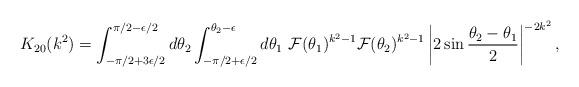
LaTeX: \begin{align*}K_{20}(k^2) = \int_{-\pi/2+3\epsilon/2}^{\pi/2-\epsilon/2} d \theta_2 \int_{-\pi/2+\epsilon/2}^{\theta_2-\epsilon} d \theta_1~ {\cal F}(\theta_1)^{k^2-1} {\cal F} (\theta_2)^{k^2-1} \left| 2 \sin \frac{\theta_2 - \theta_1}{2} \right|^{-2 k^2},\end{align*}